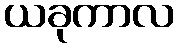
ယခုကာလ